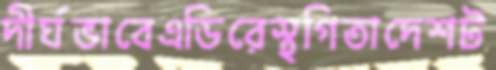
দীর্ঘভাবেএডিরেস্থগিতাদেশট